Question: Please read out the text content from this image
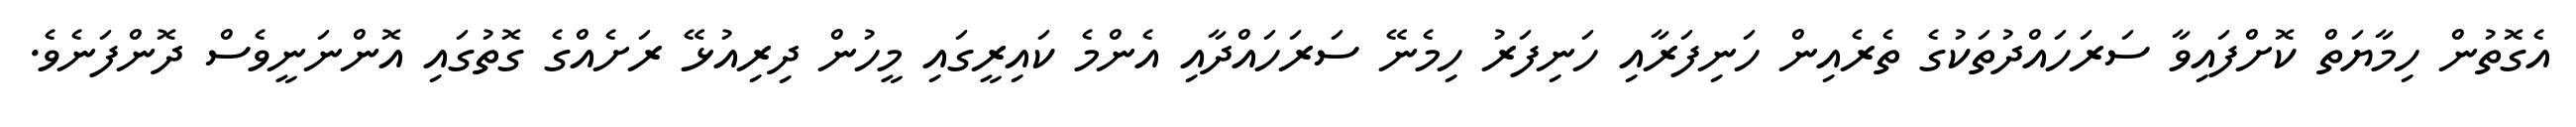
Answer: އެގޮތުން ހިމާޔަތް ކޮށްފައިވާ ސަރަހައްދުތަކުގެ ތެރެއިން ހަނިފަރާއި ހަނިފަރު ހިމެނޭ ސަރަހައްދާއި އެންމެ ކައިރީގައި މީހުން ދިރިއުޅޭ ރަށެއްގެ ގޮތުގައި އޮންނަނީވެސް ދޮންފަނެވެ.